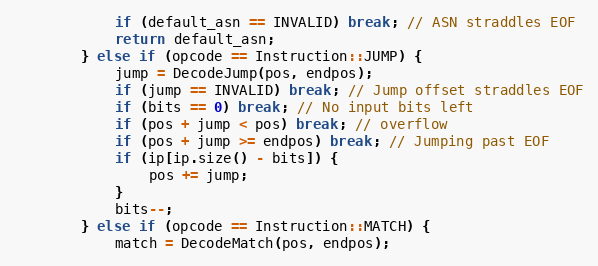
Language: C++
            if (default_asn == INVALID) break; // ASN straddles EOF
            return default_asn;
        } else if (opcode == Instruction::JUMP) {
            jump = DecodeJump(pos, endpos);
            if (jump == INVALID) break; // Jump offset straddles EOF
            if (bits == 0) break; // No input bits left
            if (pos + jump < pos) break; // overflow
            if (pos + jump >= endpos) break; // Jumping past EOF
            if (ip[ip.size() - bits]) {
                pos += jump;
            }
            bits--;
        } else if (opcode == Instruction::MATCH) {
            match = DecodeMatch(pos, endpos);